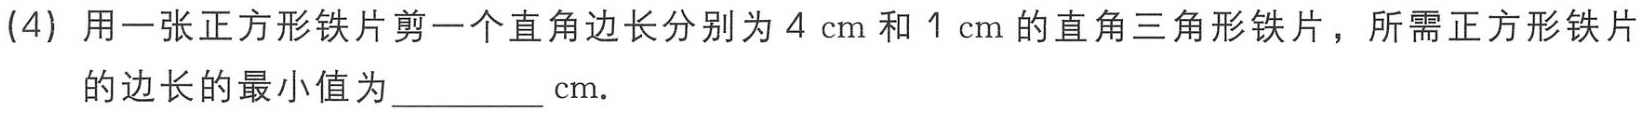
(4) 用一张正方形铁片剪一个直角边长分别为\(4\mathrm{cm}\)和\(1\mathrm{cm}\)的直角三角形铁片，所需正方形铁片

的边长的最小值为\(\underline{\quad\quad}\mathrm{cm}\).